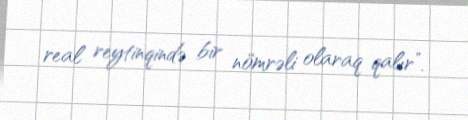
real reytinqində bir nömrəli olaraq qalır”.